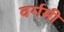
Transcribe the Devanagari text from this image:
वर्गमी